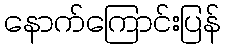
နောက်ကြောင်းပြန်